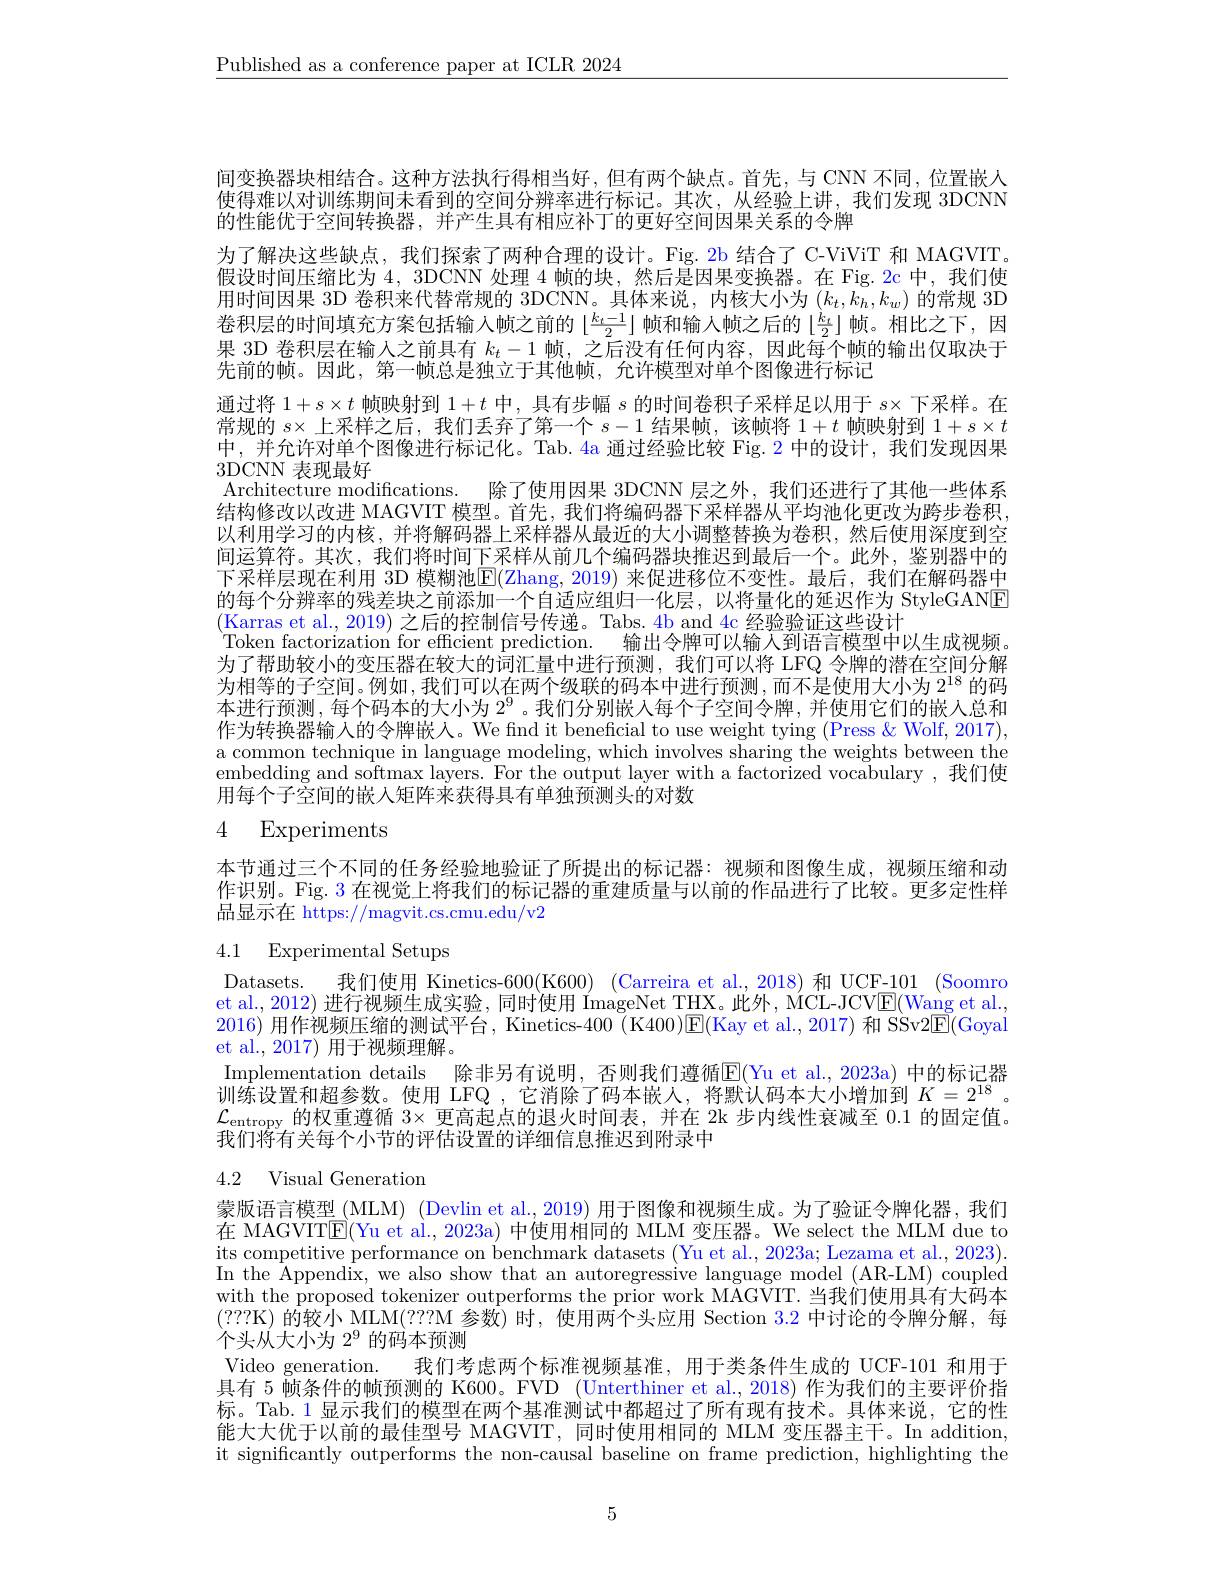
$\underline{\text{Published as a conference paper at ICLR 2024}}$

间变换器块相结合。这种方法执行得相当好，但有两个缺点。首先，与 CNN 不同，位置嵌人使得难以对训练期间未看到的空间分辨率进行标记。其次，从经验上讲，我们发现 3DCNN 的性能优于空间转换器，并产生具有相应补丁的更好空间因果关系的令牌
为了解决这些缺点，我们探索了两种合理的设计。Fig. 2b 结合了 C-ViViT 和 MAGVIT。假设时间压缩比为4，3DCNN 处理 4 帧的块，然后是因果变换器。在 Fig. 2c 中，我们使用时间因果 3D 卷积来代替常规的 3DCNN。具体来说，内核大小为$(k_t,k_h,k_w)$的常规 3D 卷积层的时间填充方案包括输入帧之前的$\lfloor\frac{k_t-1}2\rfloor$帧和输人帧之后的$\lfloor\frac k2\rfloor$帧。相比之下，因果 3D 卷积层在输入之前具有$k_t-1$帧，之后没有任何内容，因此每个帧的输出仅取决于先前的帧。因此，第一帧总是独立于其他帧，允许模型对单个图像进行标记
通过将$1+s\times t$帧映射到$1+t$中，具有步幅$s$的时间卷积子采样足以用于$s\times$下采样。在常规的$s\times$上采样之后，我们丢弃了第一个$s-1$结果帧，该帧将$1+t$帧映射到$1+s\times t$ 中，并允许对单个图像进行标记化。Tab.4a 通过经验比较 Fig. 2 中的设计，我们发现因果3DCNN 表现最好
Architecture modifications. 除了使用因果 3DCNN 层之外，我们还进行了其他一些体系结构修改以改进 MAGVIT 模型。首先，我们将编码器下采样器从平均池化更改为跨步卷积以利用学习的内核，并将解码器上采样器从最近的大小调整替换为卷积，然后使用深度到空间运算符。其次，我们将时间下采样从前几个编码器块推迟到最后一个。此外，鉴别器中的下采样层现在利用 3D 模糊池$\mathbb{E}(\mathbb{Z}$hang,2019) 来促进移位不变性。最后，我们在解码器中的每个分辨率的残差块之前添加一个自适应组归一化层，以将量化的延迟作为 StyleGANE (Karras et al., 2019) 之后的控制信号传递。Tabs. 4b and 4c 经验验证这些设计
Token factorization for efficient prediction. 输出令牌可以输人到语言模型中以生成视频为了帮助较小的变压器在较大的词汇量中进行预测，我们可以将 LFQ 令牌的潜在空间分解为相等的子空间。例如，我们可以在两个级联的码本中进行预测，而不是使用大小为$2^{18}$的码本进行预测，每个码本的大小为$2^{9}$。我们分别嵌人每个子空间令牌，并使用它们的嵌人总和作为转换器输入的令牌嵌人。We fnd it beneficial to use weight tying (Press &Wolf, 2017), a common technique in language modeling, which involves sharing the weights between the embedding and softmax layers. For the output layer with a factorized vocabulary , 我们使用每个子空间的嵌人矩阵来获得具有单独预测头的对数
4 Experiments

本节通过三个不同的任务经验地验证了所提出的标记器：视频和图像生成，视频压缩和动作识别。Fig. 3 在视觉上将我们的标记器的重建质量与以前的作品进行了比较。更多定性样品显示在 https://magvit.cs.cmu.edu/v2

4.1 Experimental Setups

Datasets. 我们使用 Kinetics-600(K600) (Carreira et al.,2018)和 UCF-101 (Soomro et al., 2012) 进行视频生成实验，同时使用 ImageNet THX。此外，MCL-JCV$\boxed{\mathrm{E}}($Wang et al., 2016)用作视频压缩的测试平台，Kinetics-400 (K400)E(Kay et al., 2017) 和 SSv2E(Goyal et al., 2017) 用于视频理解。
Implementation details 除非另有说明，否则我们遵循E(Yu et al., 2023a) 中的标记器训练设置和超参数。使用 LFQ ,它消除了码本嵌人，将默认码本大小增加到$K=2^{18}$。$\mathcal{L}_{\text{entropy 的权重遵循 3}\times\text{ 更高起点的退火时间表，并在 2k 步内线性衰减至 }0.1\text{ 的固定值。}}$ 我们将有关每个小节的评估设置的详细信息推迟到附录中

# 4.2 Visual Generation

蒙版语言模型 (MLM) (Devlin et al., 2019) 用于图像和视频生成。为了验证令牌化器，我们在 MAGVITE(Yu et al., 2023a) 中使用相同的 MLM 变压器。We select the MLM due to its competitive performance on benchmark datasets (Yu et al., 2023a; Lezama et al., 2023). In the Appendix, we also show that an autoregressive language model (AR-LM) coupled with the proposed tokenizer outperforms the prior work MAGVIT. 当我们使用具有大码本(???K)的较小 MLM(???M 参数) 时，使用两个头应用 Section 3.2 中讨论的令牌分解，每个头从大小为$2^{9}$的码本预测
Video generation. 我们考虑两个标准视频基准，用于类条件生成的 UCF-101 和用于具有 5 帧条件的帧预测的 K600。FVD (Unterthiner et al., 2018) 作为我们的主要评价指标。Tab.1 显示我们的模型在两个基准测试中都超过了所有现有技术。具体来说，它的性能大大优于以前的最佳型号 MAGVIT, 同时使用相同的 MLM 变压器主干。In addition, it significantly outperforms the non-causal baseline on frame prediction, highlighting the

5